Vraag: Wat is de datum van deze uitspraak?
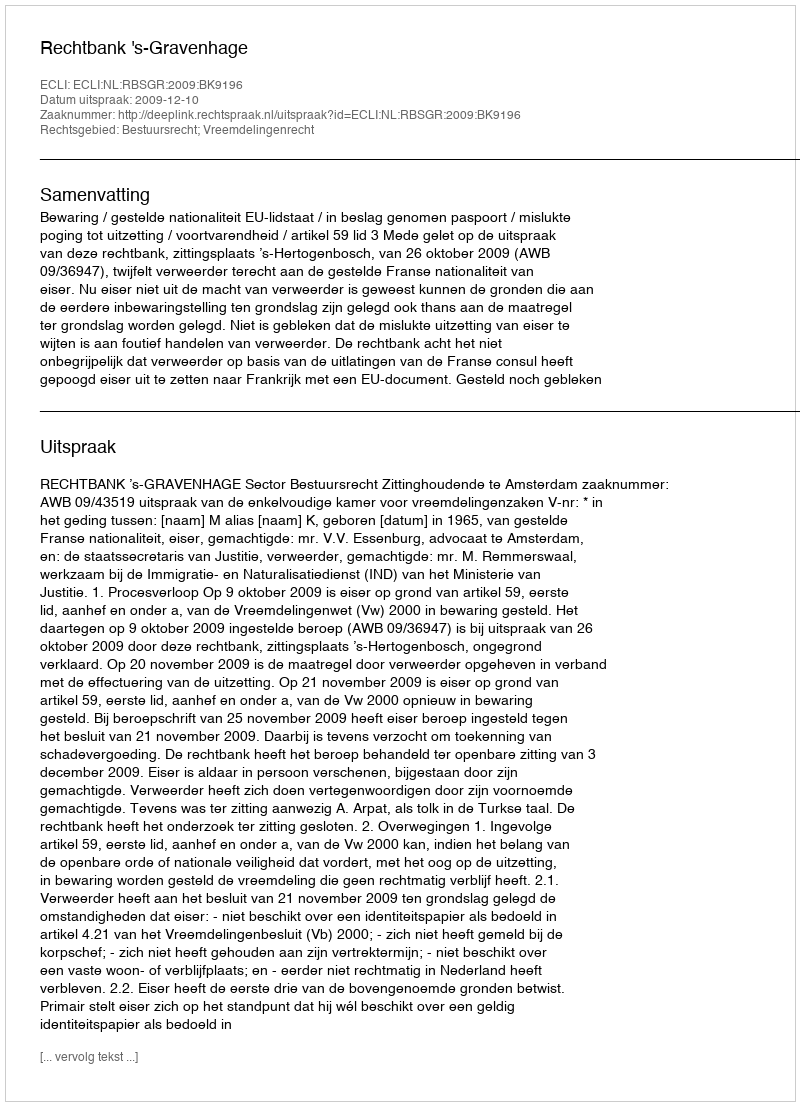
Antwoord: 2009-12-10